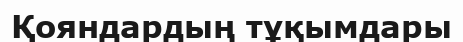
Қояндардың тұқымдары